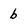
Character: b